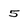
Character: 5